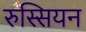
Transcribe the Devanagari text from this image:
रुस्सियन